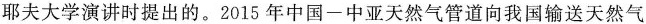
耶夫大学演讲时提出的。2015年中国-中亚天然气管道向我国输送天然气